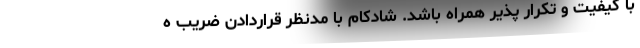
با کیفیت و تکرار پذیر همراه باشد. شادکام با مدنظر قراردادن ضریب ه